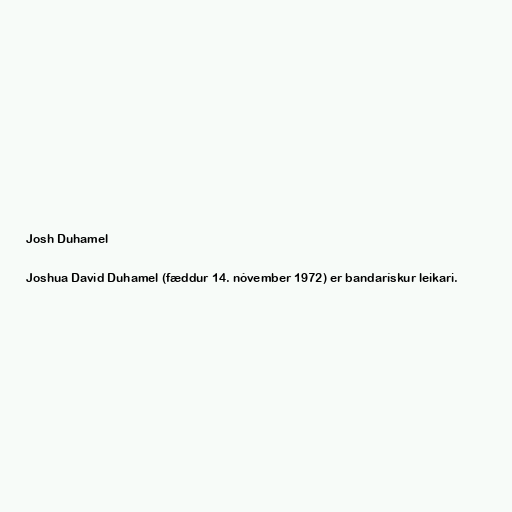
Josh Duhamel

Joshua David Duhamel (fæddur 14. nóvember 1972) er bandarískur leikari.